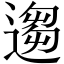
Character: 𫐻